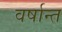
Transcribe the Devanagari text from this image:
वर्षान्त